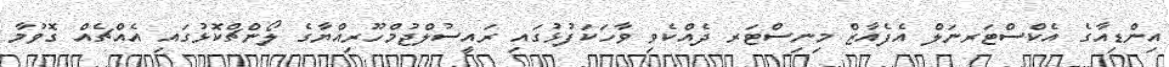
އިންޑިއާގެ އެކްސްޓަރނަލް އެފެއާޒް މިނިސްޓަރ ދެއްކެވި ވާހަކަފުޅުގައި ރައީސުލްޖުމްހޫރިއްޔާގެ ލޯންޗްކޮޅުގައި އެއްޗެއް ގޮވުމާ